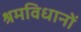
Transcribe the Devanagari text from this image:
श्रमविधानों